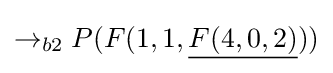
\rightarrow _{b2}P(F(1,1,{\underline {F(4,0,2)}}))